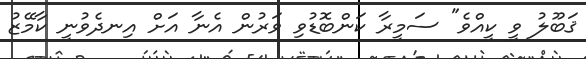
ޤަބޫލު ވީ ކީއްވެ" ސަމީރާ ކަންބޮޑުވި ވަރުން އެނާ އަށް އިނދެވުނީ ކާމޭޒު